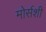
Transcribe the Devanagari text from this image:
मोर्सशी